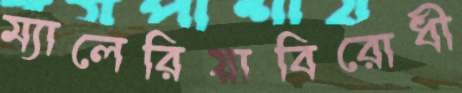
ম্যালেরিয়াবিরোধী